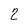
Character: 2